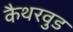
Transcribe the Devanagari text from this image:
कैथरवुड